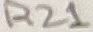
Text: R21